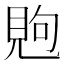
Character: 𰴏